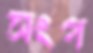
সংগ